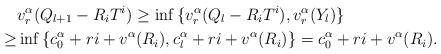
LaTeX: \begin{align*}&v_r^{\alpha}(Q_{l+1}-R_iT^i)\ge\inf{\{v_r^{\alpha}(Q_l-R_iT^i),v_r^{\alpha}(Y_l)\}}\\\ge&\inf{\{c_0^{\alpha}+ri+v^{\alpha}(R_i),c_l^{\alpha}+ri+v^{\alpha}(R_i)\}}=c_0^{\alpha}+ri+v^{\alpha}(R_i).\end{align*}